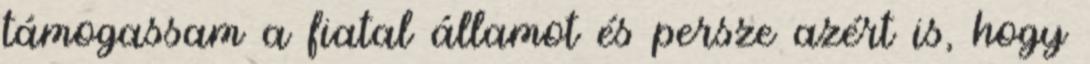
támogassam a fiatal államot és persze azért is, hogy